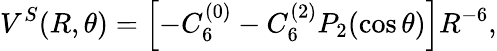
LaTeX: V^{S}(R,\theta)=\left[-C_{6}^{(0)}-C_{6}^{(2)}P_{2}(\cos\theta)\right]R^{-6},